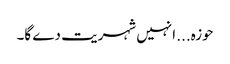
حوزہ... انہیں شہریت دے گا۔